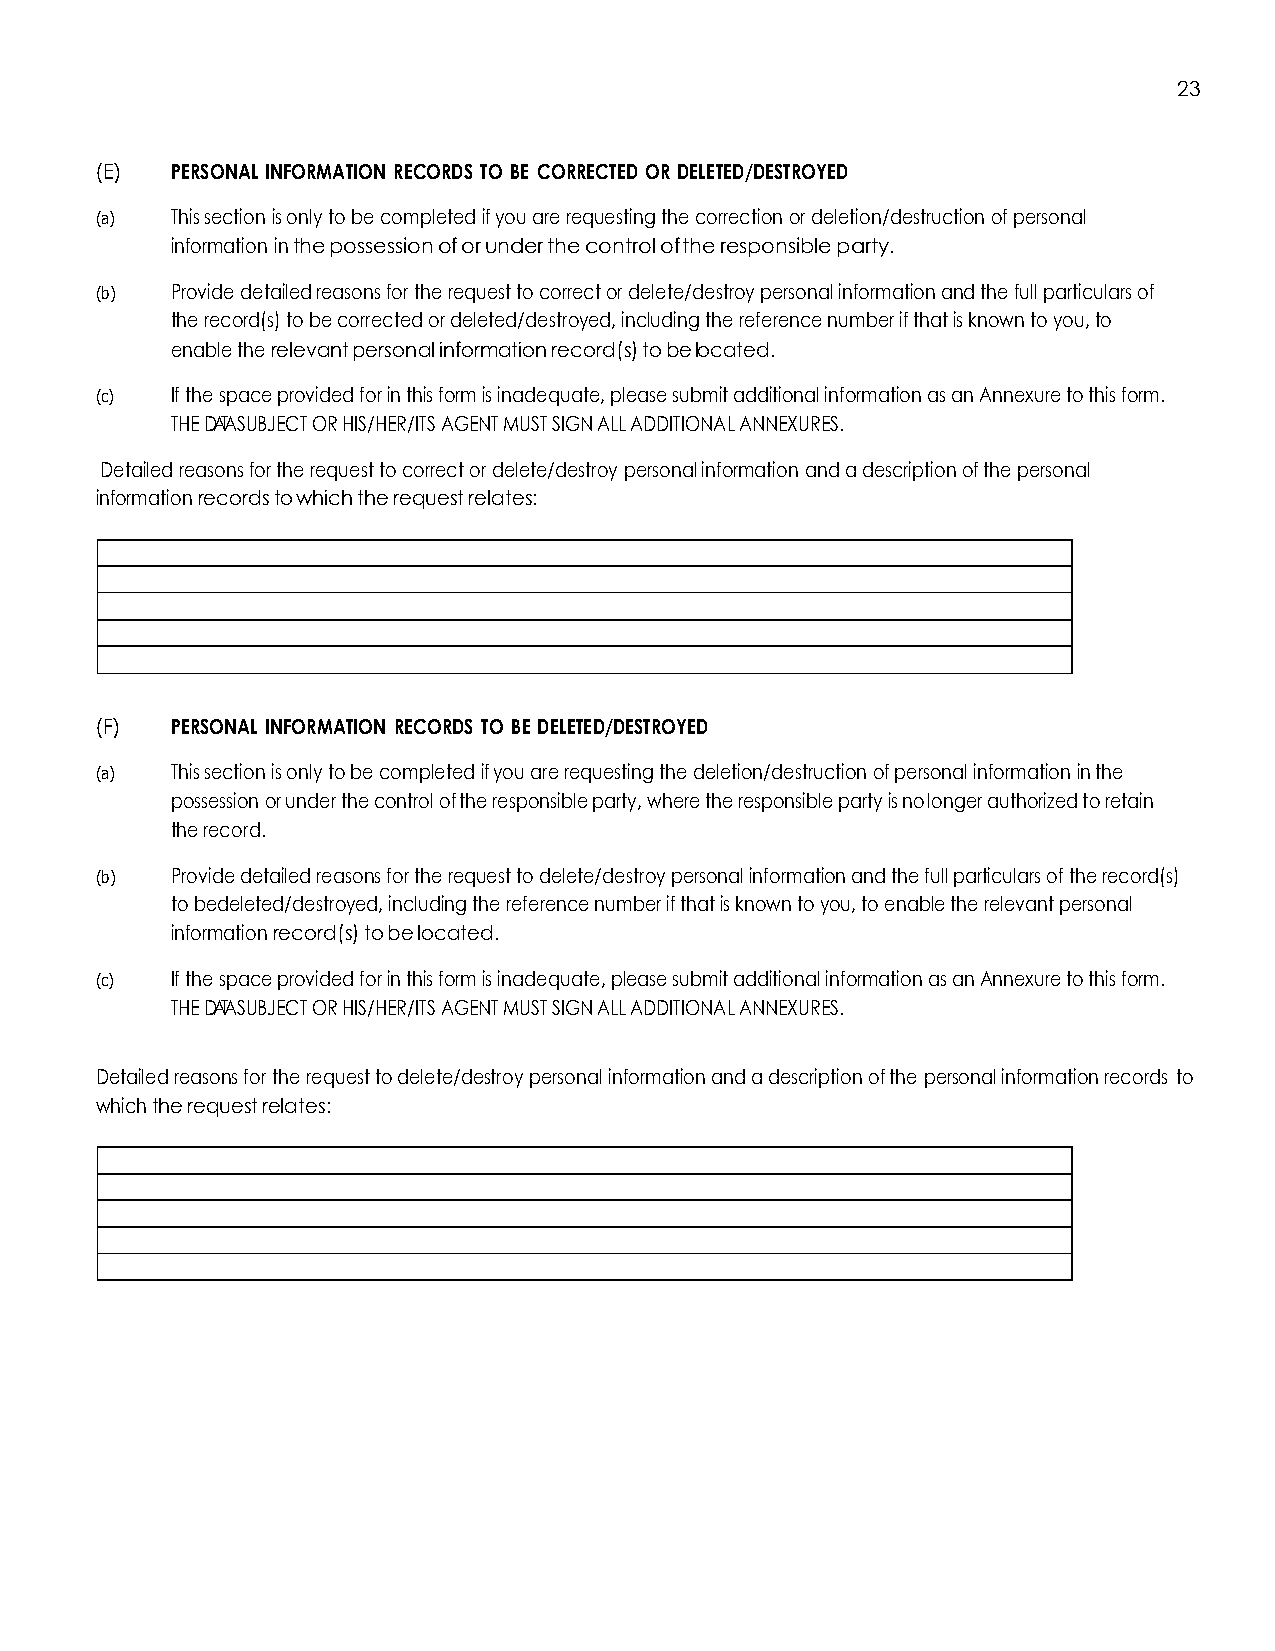
23
 (E)  PERSONAL INFORMATION RECORDS TO BE CORRECTED OR DELETED/DESTROYED
 (a)  This section is only to be completed if you are requesting the correction or deletion/destruction of personal
 information in the possession of or under the control of the responsible party.
 (b)  Provide detailed reasons for the request to correct or delete/destroy personal information and the full particulars of
 the record(s) to be corrected or deleted/destroyed, including the reference number if that is known to you, to
 enable the relevant personal information record(s) to be located.
 (c)  If the space provided for in this form is inadequate, please submit additional information as an Annexure to this form.
 THE DATA SUBJECT OR HIS/HER/ITS AGENT MUST SIGN ALL ADDITIONAL ANNEXURES.
 Detailed reasons for the request to correct or delete/destroy personal information and a description of the personal
 information records to which the request relates:
 (F)  PERSONAL INFORMATION RECORDS TO BE DELETED/DESTROYED
 (a)  This section is only to be completed if you are requesting the deletion/destruction of personal information in the
 possession or under the control of the responsible party, where the responsible party is no longer authorized to retain
 the record.
 (b)  Provide detailed reasons for the request to delete/destroy personal information and the full particulars of the record(s)
 to be deleted/destroyed, including the reference number if that is known to you, to enable the relevant personal
 information record(s) to be located.
 (c)  If the space provided for in this form is inadequate, please submit additional information as an Annexure to this form.
 THE DATA SUBJECT OR HIS/HER/ITS AGENT MUST SIGN ALL ADDITIONAL ANNEXURES.
 Detailed reasons for the request to delete/destroy personal information and a description of the personal information records to
 which the request relates: